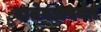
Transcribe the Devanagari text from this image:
दातेगडापर्यंत